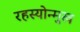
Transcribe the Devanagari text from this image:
रहस्योन्मुख